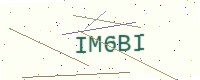
Text: IM6BI